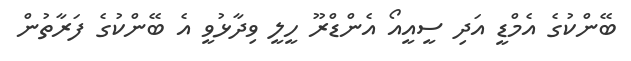
ބޭންކުގެ އެމްޑީ އަދި ސީއީއޯ އެންޑްރޫ ހީލީ ވިދާޅުވީ އެ ބޭންކުގެ ފަރާތުން